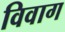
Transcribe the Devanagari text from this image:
विवाग